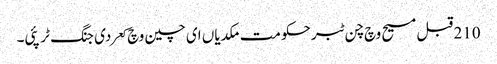
210 قبل مسیح وچ چن ٹبر حکومت مکدیاں ای چین وچ کعر دی جنگ ٹر پئی۔